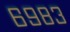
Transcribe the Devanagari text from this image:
६९८३